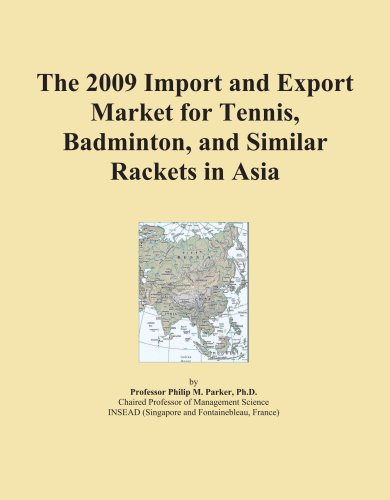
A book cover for The 2009 Import and Export Market for Tennis, Badminton, and Similar Rackets in Asia; Icon Group; Sports & Outdoors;